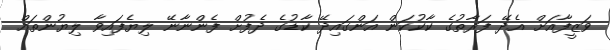
ވަޒީފާއަށް އެދޭ ފަރާތުގެ ކާކުކަން އަންގައިދޭ ކާޑުގެ ދެފުށް ފެންނާނޭ ލިޔެފައިވާ ލިޔުންތައް